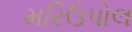
મરિઉપોલ